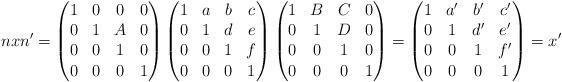
LaTeX: \begin{align*}nxn'=\left(\begin{matrix} 1&0&0&0\\ 0&1&A&0\\ 0&0&1&0\\ 0&0&0&1\end{matrix}\right) \left(\begin{matrix}1&a&b&c\\0&1&d&e\\0&0&1&f\\0&0&0&1\end{matrix}\right)\left(\begin{matrix}1&B&C&0\\0&1&D&0\\0&0&1&0\\0&0&0&1\end{matrix}\right) =\left(\begin{matrix}1&a'&b'&c'\\0&1&d'&e'\\0&0&1&f'\\0&0&0&1\end{matrix}\right)=x' \end{align*}